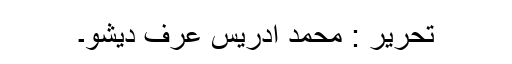
تحریر : محمد ادریس عرف دیشو۔